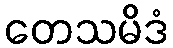
တေသမိဒံ